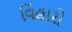
વિહારો